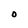
Character: O